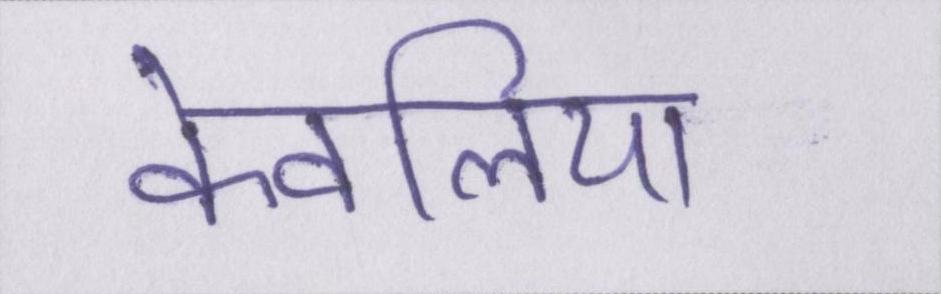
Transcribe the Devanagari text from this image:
केवलिया